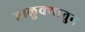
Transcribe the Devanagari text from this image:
तालुक्यातुन